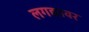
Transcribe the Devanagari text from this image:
लगद्यावर